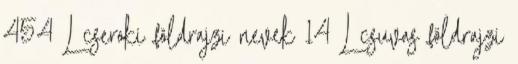
454 L cseroki földrajzi nevek‎ 14 L csuvas földrajzi